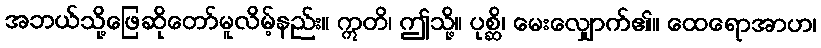
အဘယ်သို့ဖြေဆိုတော်မူလိမ့်နည်း။ ဣတိ၊ ဤသို့။ ပုစ္ဆိ၊ မေးလျှောက်၏။ ထေရောအာဟ၊